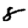
Digit: 8